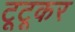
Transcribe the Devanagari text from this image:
टूटूकर